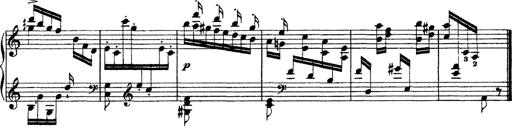
Title: Grandes Ã©tudes de Paganini
Composer: Franz Liszt